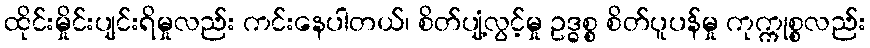
ထိုင်းမှိုင်းပျင်းရိမှုလည်း ကင်းနေပါတယ်၊ စိတ်ပျံ့လွင့်မှု ဥဒ္ဓစ္စ စိတ်ပူပန်မှု ကုက္ကုစ္စလည်း